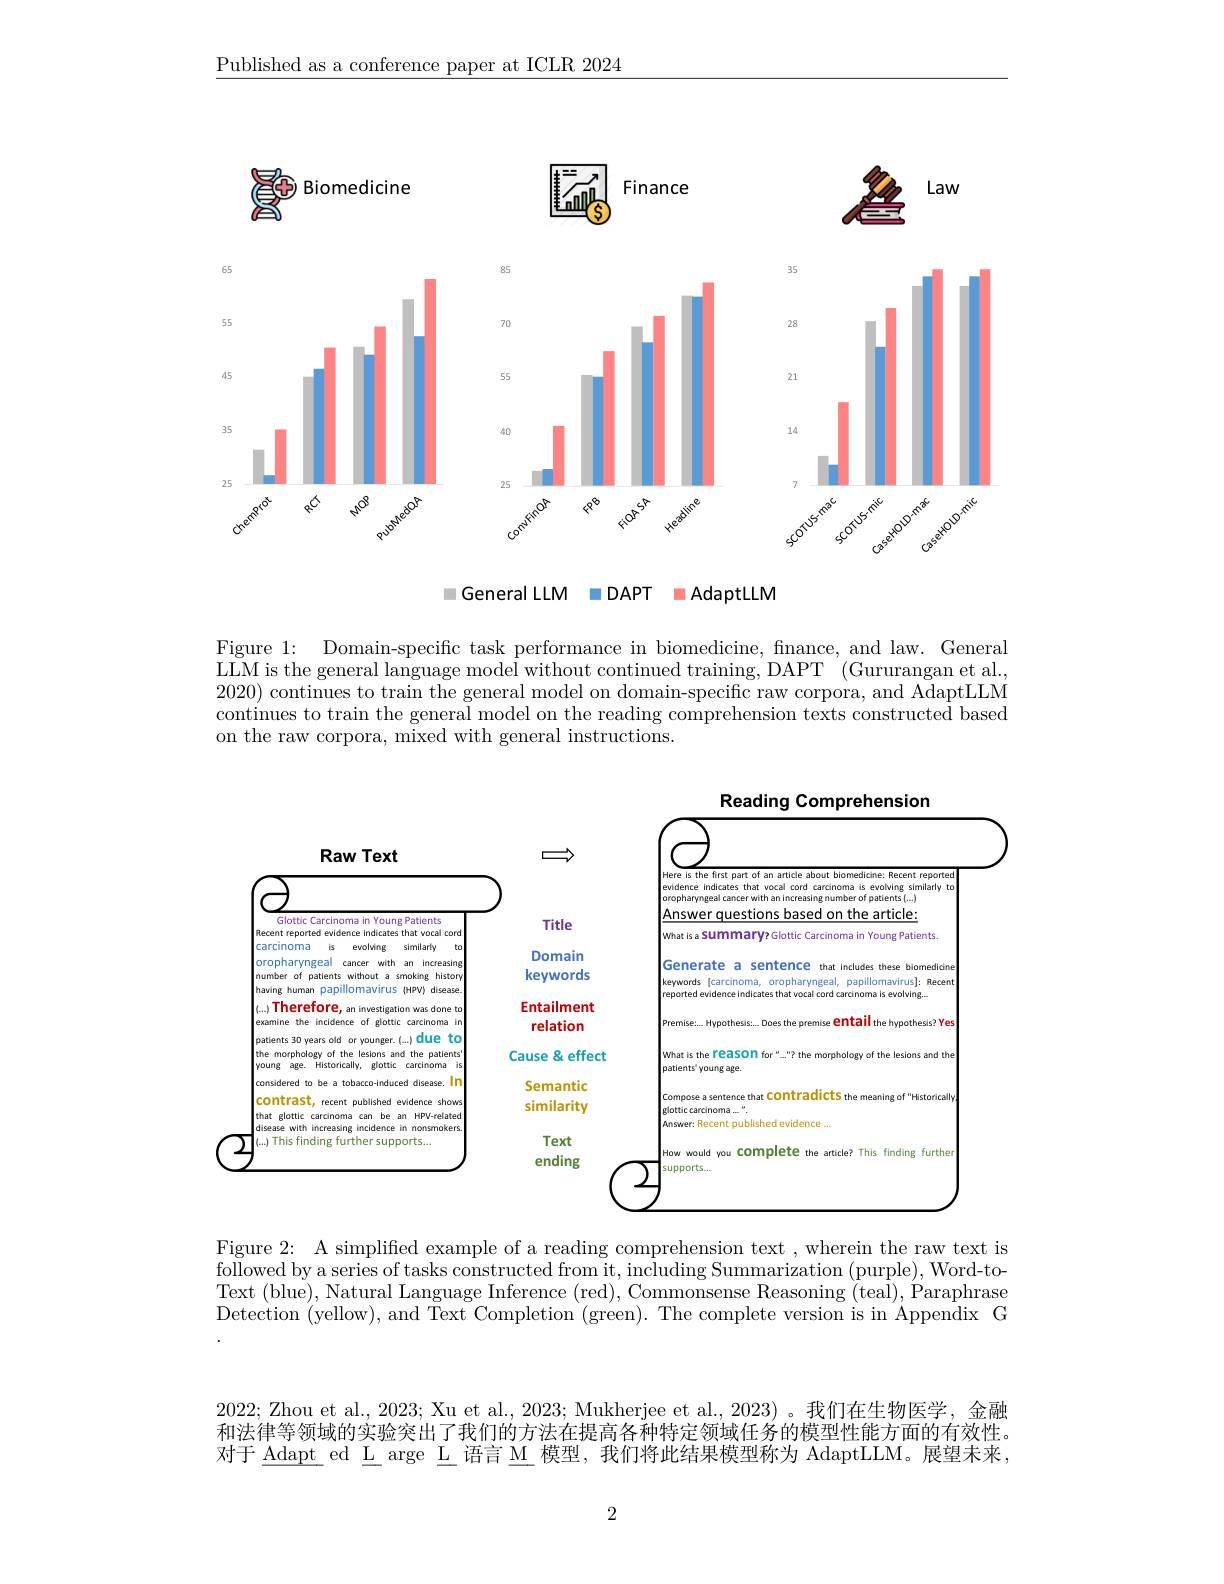
Published as a conference paper at ICLR 2024

<FigureHere>

=General LLM =DAPT = AdaptLLM

Figure 1: Domain-specific task performance in biomedicine, finance, and law. General $\tilde{\text{LLM is the general language model without continued training, DAPT}}^{\prime}($Gururangan et al., 2020) continues to train the general model on domain-specific raw corpora, and AdaptLLM continues to train the general model on the reading comprehension texts constructed based on the raw corpora, mixed with general instructions.

<FigureHere>

Figure 2: A simplified example of a reading comprehension text , wherein the raw text is followed by a series of tasks constructed from it, including Summarization (purple), Word-toText (blue), Natural Language Inference (red), Commonsense Reasoning (teal), Paraphrase Detection (yellow), and Text Completion (green). The complete version is in Appendix G

2022; Zhou et al., 2023; Xu et al., 2023; Mukherjee et al., 2023)。我们在生物医学，金融和法律等领域的实验突出了我们的方法在提高各种特定领域任务的模型性能方面的有效性。对于 Adapt ed L arge L 语言 M 模型，我们将此结果模型称为 AdaptLLM。展望未来，

2